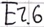
Text: E2.6